Scottish Certificate of Education, 1962
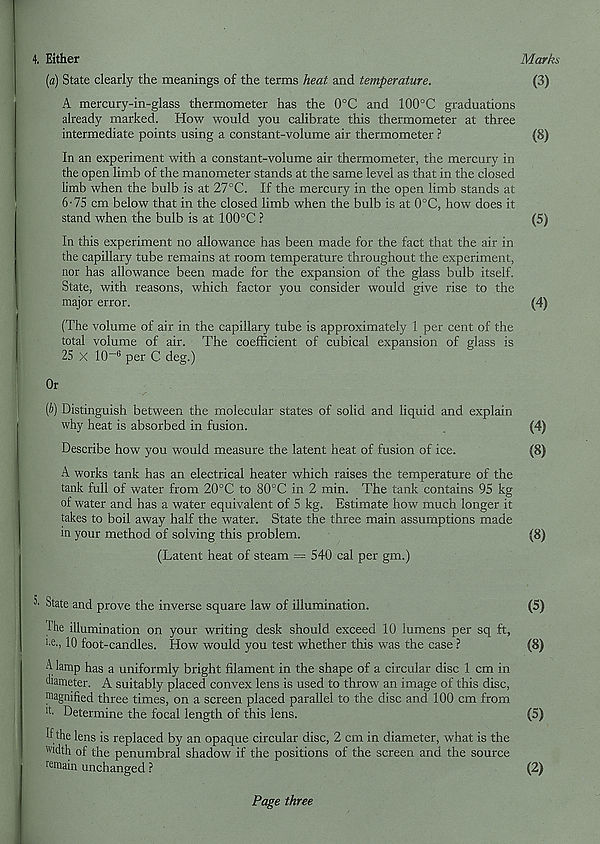
4. Either
Marks
(a) State clearly the meanings of the terms heat and temperature.
(3)
A mercury-in-glass thermometer has the 0°C and 100°C graduations
already marked. How would you calibrate this thermometer at three
intermediate points using a constant-volume air thermometer ?
(8)
In an experiment with a constant-volume air thermometer, the mercury in
the open limb of the manometer stands at the same level as that in the closed
limb when the bulb is at 27°C. If the mercury in the open limb stands at
6-75 cm below that in the closed limb when the bulb is at 0°C, how does it
stand when the bulb is at 100°C ?
(5)
In this experiment no allowance has been made for the fact that the air in
the capillary tube remains at room temperature throughout the experiment,
nor has allowance been made for the expansion of the glass bulb itself.
State, with reasons, which factor you consider would give rise to the
major error.
(4)
(The volume of air in the capillary tube is approximately 1 per cent of the
total volume of air. The coefficient of cubical expansion of glass is
25 X 10 -0 per C deg.)
Or
(b) Distinguish between the molecular states of solid and liquid and explain
why heat is absorbed in fusion.
(4)
Describe how you would measure the latent heat of fusion of ice.
(8)
A works tank has an electrical heater which raises the temperature of the
tank full of water from 20°C to 80°C in 2 min. The tank contains 95 kg
of water and has a water equivalent of 5 kg. Estimate how much longer it
takes to boil away half the water. State the three main assumptions made
in your method of solving this problem.
(8)
(Latent heat of steam = 540 cal per gm.)
^ State and prove the inverse square law of illumination.
(5)
I he illumination on your writing desk should exceed 10 lumens per sq ft,
I ' e -) 10 foot-candles. How would you test whether this was the case ?
(8)
A lamp has a uniformly bright filament in the shape of a circular disc 1 cm in
diameter. A suitably placed convex lens is used to throw an image of this disc,
m agnified three times, on a screen placed parallel to the disc and 100 cm from
k Determine the focal length of this lens.
(5)
lithe lens is replaced by an opaque circular disc, 2 cm in diameter, what is the
width of the penumbral shadow if the positions of the screen and the source
remain unchanged ?
(2)
Page three